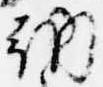
納